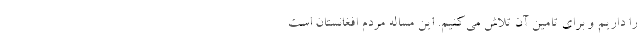
را داريم و براي تامين آن تلاش مي‌كنيم. اين مساله مردم افغانستان است